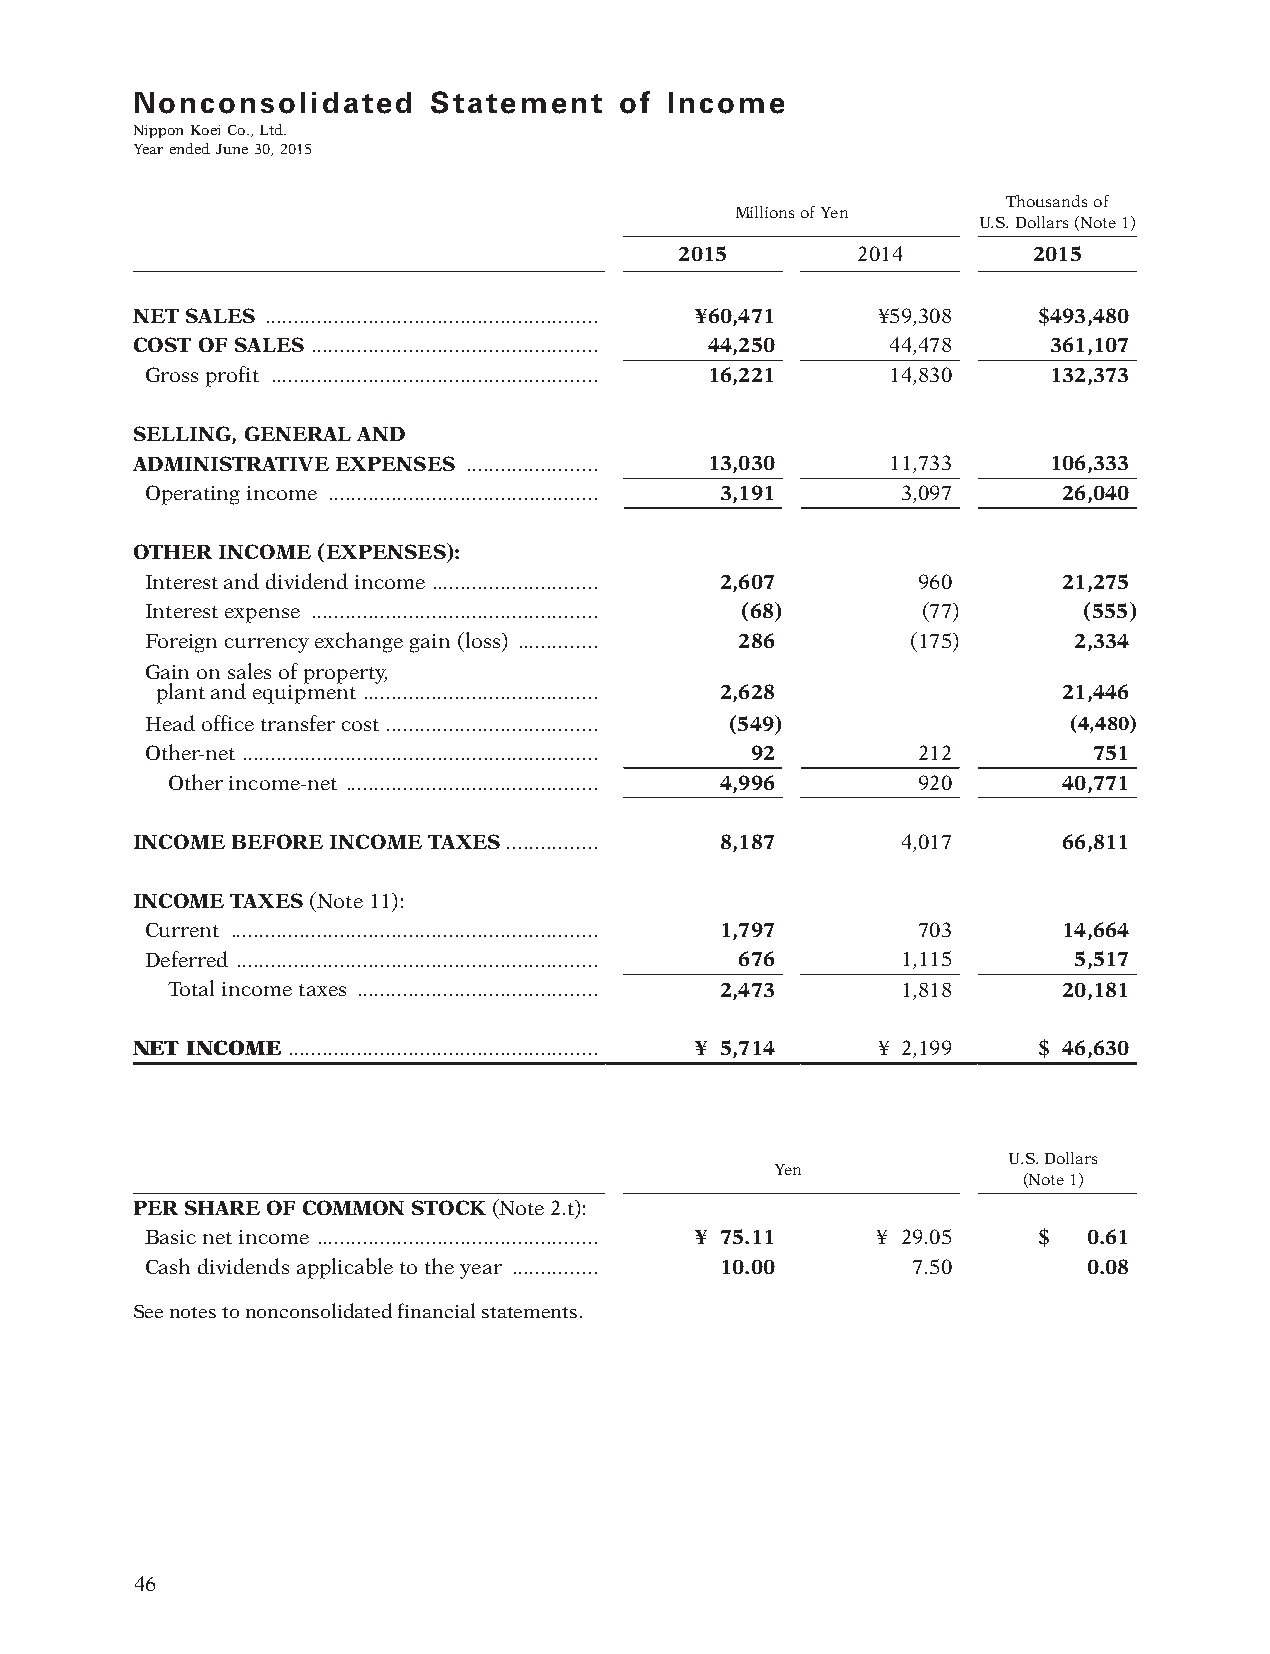
Nonconsolidated    Statement    of Income
 Nippon Koei Co., Ltd.
 Year ended June 30, 2015
 Thousands of
 Millions of Yen
 U.S. Dollars (Note 1)
 2015        2014       2015
 NET SALES .......................................................... ¥60,471 ¥59,308 $493,480
 COST OF SALES .................................................. 44,250 44,478 361,107
 Gross profit ......................................................... 16,221 14,830 132,373
 SELLING, GENERAL AND
 ADMINISTRATIVE EXPENSES ....................... 13,030 11,733 106,333
 Operating income ............................................... 3,191 3,097 26,040
 OTHER INCOME (EXPENSES):
 Interest and dividend income ............................. 2,607 960 21,275
 Interest expense .................................................. (68) (77) (555)
 Foreign currency exchange gain (loss) .............. 286 (175) 2,334
 Gain on sales of property,
 plant and equipment ......................................... 2,628 21,446
 Head office transfer cost ..................................... (549) (4,480)
 Other-net .............................................................. 92 212 751
 Other income-net ............................................ 4,996 920 40,771
 INCOME BEFORE INCOME TAXES ................ 8,187  4,017     66,811
 INCOME TAXES (Note 11):
 Current ................................................................ 1,797 703 14,664
 Deferred ............................................................... 676 1,115 5,517
 Total income taxes .......................................... 2,473 1,818 20,181
 NET INCOME ...................................................... ¥ 5,714 ¥ 2,199 $ 46,630
 U.S. Dollars
 Yen
 (Note 1)
 PER SHARE OF COMMON STOCK (Note 2.t):
 Basic net income ................................................. ¥ 75.11 ¥ 29.05 $ 0.61
 Cash dividends applicable to the year ............... 10.00 7.50 0.08
 See notes to nonconsolidated financial statements.
 46
 012_0612001372710.indd 46                                              2015/11/16 22:22:17